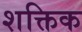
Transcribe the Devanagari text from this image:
शक्तिक